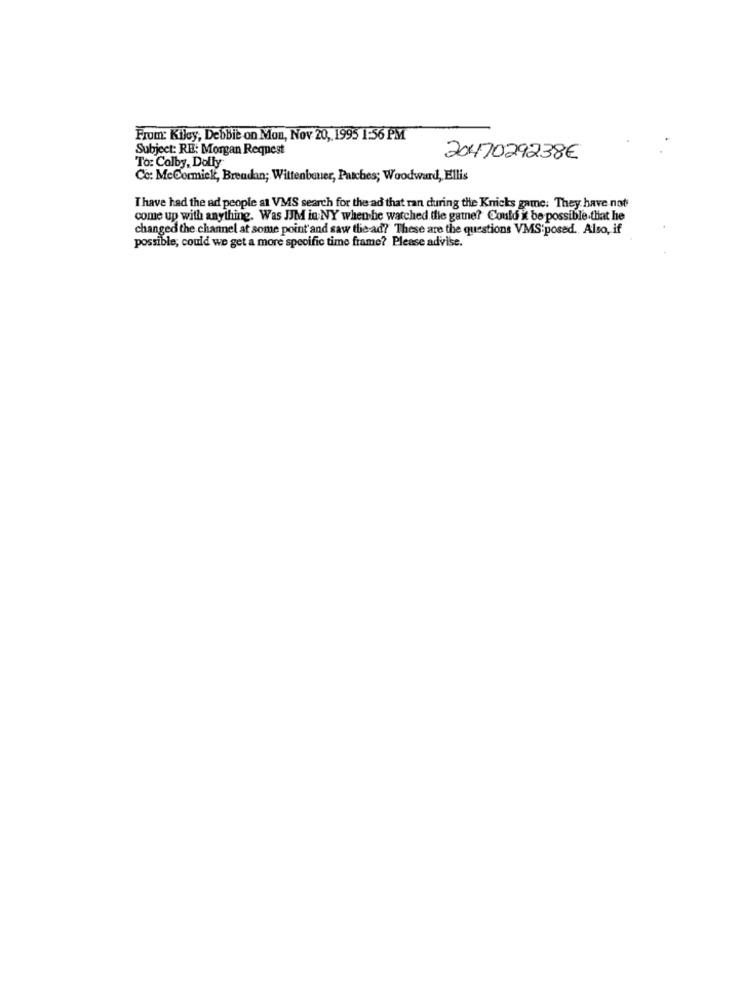
From: Kiley, Debbie on Mon, Nov 20, 1995 1:56 PM
Subject: RE: Morgan Request
To: Colby, Dolly
2047029238€
Co: McCormick, Breadan; Wittenbauer, Patches; Woodward, Ellis
T have had the ad people at VMS search for the ad that ran during the Knicks game: They have not
come up with anything. Was JJM in NY when he watched tie gatne? Could it be possible.that he
changed the channel at some point and saw the-ad? These are the questions VMS'posed. Also, if
possible; could we get a more specific time frame? Please advise.